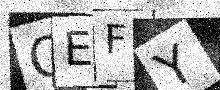
Text: GEFY